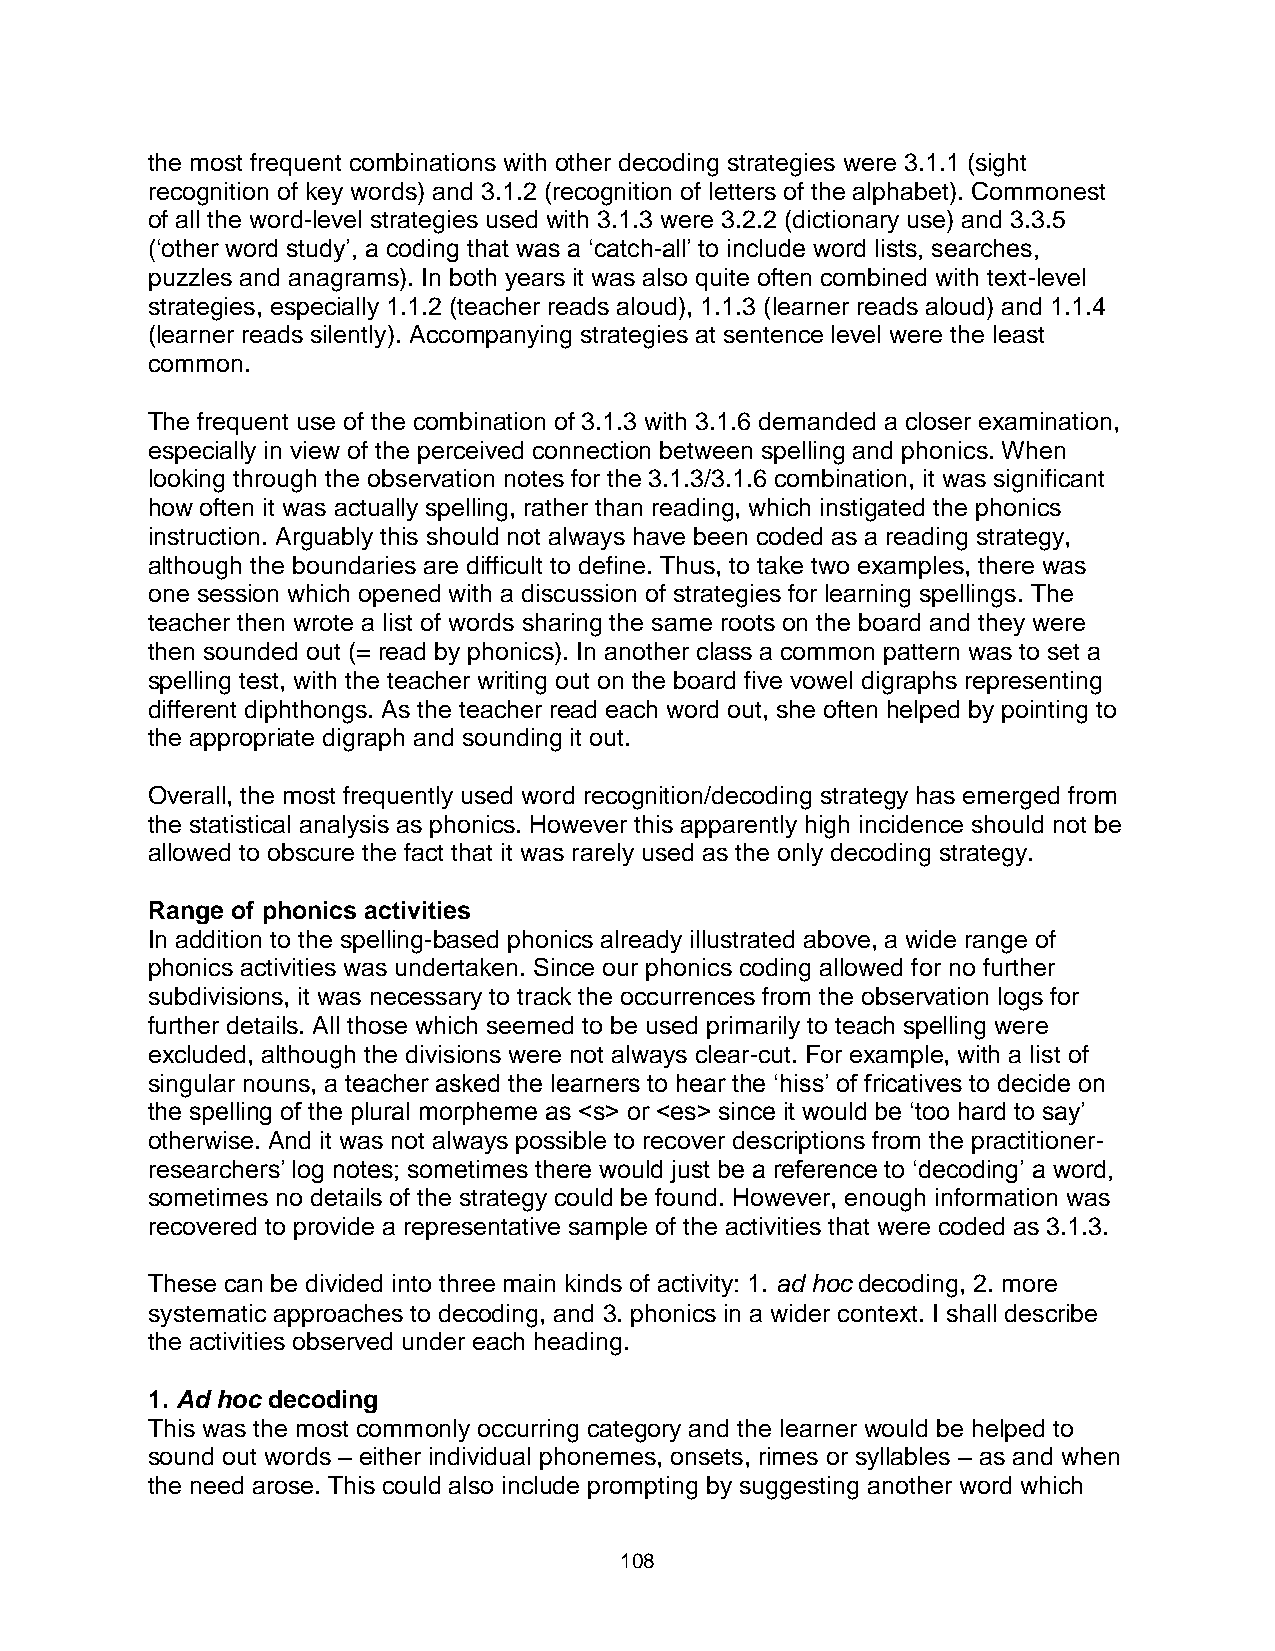
the most frequent combinations with other decoding strategies were 3.1.1 (sight
 recognition of key words) and 3.1.2 (recognition of letters of the alphabet). Commonest
 of all the word-level strategies used with 3.1.3 were 3.2.2 (dictionary use) and 3.3.5
 (‘other word study’, a coding that was a ‘catch-all’ to include word lists, searches,
 puzzles and anagrams). In both years it was also quite often combined with text-level
 strategies, especially 1.1.2 (teacher reads aloud), 1.1.3 (learner reads aloud) and 1.1.4
 (learner reads silently). Accompanying strategies at sentence level were the least
 common.
 The frequent use of the combination of 3.1.3 with 3.1.6 demanded a closer examination,
 especially in view of the perceived connection between spelling and phonics. When
 looking through the observation notes for the 3.1.3/3.1.6 combination, it was significant
 how often it was actually spelling, rather than reading, which instigated the phonics
 instruction. Arguably this should not always have been coded as a reading strategy,
 although the boundaries are difficult to define. Thus, to take two examples, there was
 one session which opened with a discussion of strategies for learning spellings. The
 teacher then wrote a list of words sharing the same roots on the board and they were
 then sounded out (= read by phonics). In another class a common pattern was to set a
 spelling test, with the teacher writing out on the board five vowel digraphs representing
 different diphthongs. As the teacher read each word out, she often helped by pointing to
 the appropriate digraph and sounding it out.
 Overall, the most frequently used word recognition/decoding strategy has emerged from
 the statistical analysis as phonics. However this apparently high incidence should not be
 allowed to obscure the fact that it was rarely used as the only decoding strategy.
 Range of phonics activities
 In addition to the spelling-based phonics already illustrated above, a wide range of
 phonics activities was undertaken. Since our phonics coding allowed for no further
 subdivisions, it was necessary to track the occurrences from the observation logs for
 further details. All those which seemed to be used primarily to teach spelling were
 excluded, although the divisions were not always clear-cut. For example, with a list of
 singular nouns, a teacher asked the learners to hear the ‘hiss’ of fricatives to decide on
 the spelling of the plural morpheme as
 or <es> since it would be ‘too hard to say’
 otherwise. And it was not always possible to recover descriptions from the practitioner-
 researchers’ log notes; sometimes there would just be a reference to ‘decoding’ a word,
 sometimes no details of the strategy could be found. However, enough information was
 recovered to provide a representative sample of the activities that were coded as 3.1.3.
 These can be divided into three main kinds of activity: 1. ad hoc decoding, 2. more
 systematic approaches to decoding, and 3. phonics in a wider context. I shall describe
 the activities observed under each heading.
 1. Ad hoc decoding
 This was the most commonly occurring category and the learner would be helped to
 sound out words – either individual phonemes, onsets, rimes or syllables – as and when
 the need arose. This could also include prompting by suggesting another word which
 108